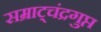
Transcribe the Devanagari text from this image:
सम्राट्चंद्रगुप्त